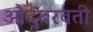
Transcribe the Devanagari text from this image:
औदुंबरवती